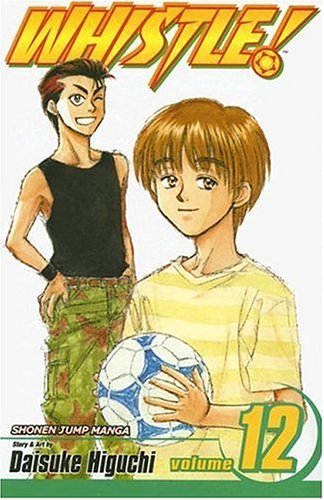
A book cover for Whistle!, Volume 12 (v. 12); Daisuke Higuchi; Comics & Graphic Novels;